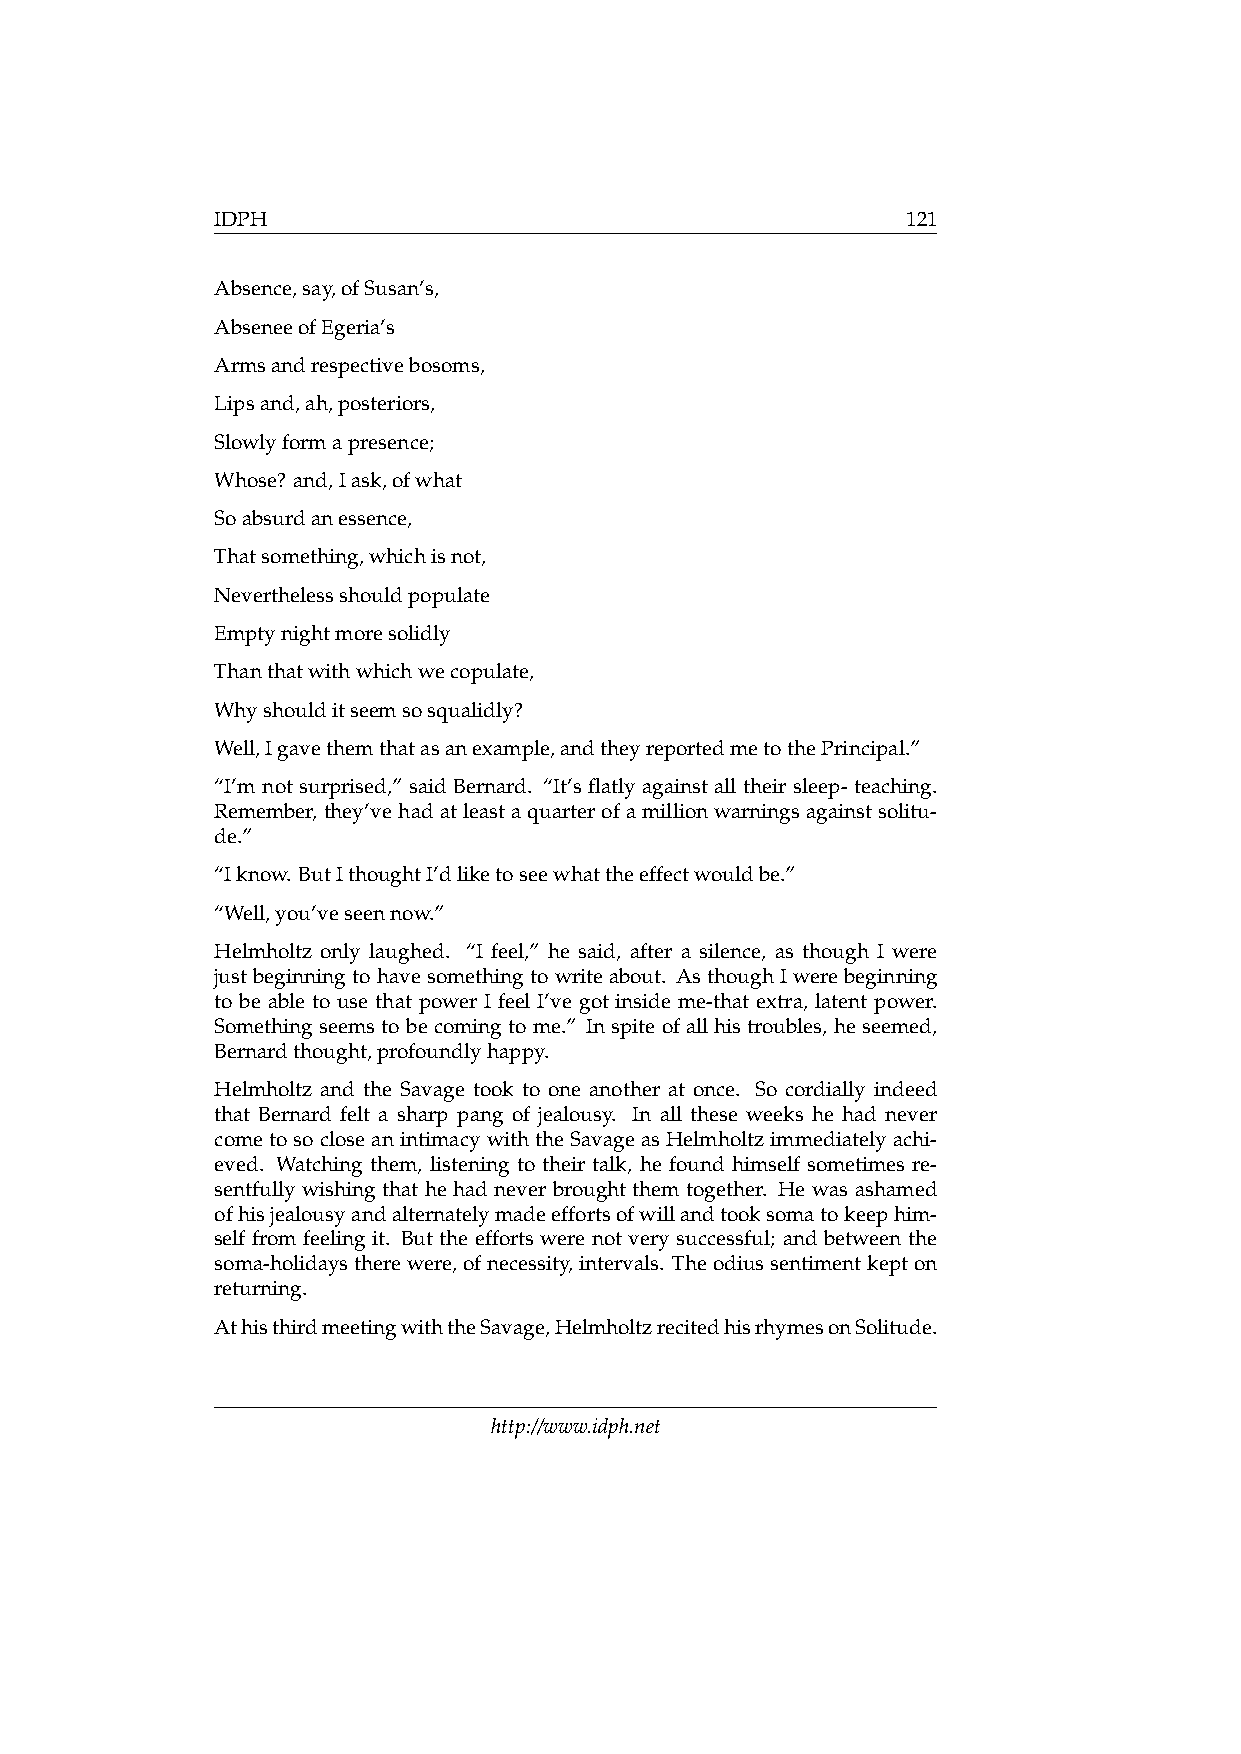
IDPH                                          121
 Absence,say,ofSusan’s,
 AbseneeofEgeria’s
 Armsandrespectivebosoms,
 Lipsand,ah,posteriors,
 Slowlyformapresence;
 Whose? and,Iask,ofwhat
 Soabsurdanessence,
 Thatsomething,whichisnot,
 Neverthelessshouldpopulate
 Emptynightmoresolidly
 Thanthatwithwhichwecopulate,
 Whyshoulditseemsosqualidly?
 Well,Igavethemthatasanexample,andtheyreportedmetothePrincipal.”
 “I’m not surprised,” said Bernard. “It’s flatly against all their sleep- teaching.
 Remember, they’vehadatleastaquarterofamillionwarningsagainstsolitu-
 de.”
 “Iknow. ButIthoughtI’dliketoseewhattheeffectwouldbe.”
 “Well,you’veseennow.”
 Helmholtz only laughed. “I feel,” he said, after a silence, as though I were
 justbeginningtohavesomethingtowriteabout. AsthoughIwerebeginning
 to be able to use that power I feel I’ve got inside me-that extra, latent power.
 Somethingseemstobecomingtome.” Inspiteofallhistroubles, heseemed,
 Bernardthought,profoundlyhappy.
 Helmholtz and the Savage took to one another at once. So cordially indeed
 that Bernard felt a sharp pang of jealousy. In all these weeks he had never
 cometosocloseanintimacywiththeSavageasHelmholtzimmediatelyachi-
 eved. Watching them, listening to their talk, he found himself sometimes re-
 sentfully wishing that he had never brought them together. He was ashamed
 ofhisjealousyandalternatelymadeeffortsofwillandtooksomatokeephim-
 self from feeling it. But the efforts were not very successful; and between the
 soma-holidaystherewere,ofnecessity,intervals. Theodiussentimentkepton
 returning.
 AthisthirdmeetingwiththeSavage,HelmholtzrecitedhisrhymesonSolitude.
 http://www.idph.net